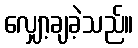
လျှော့ချခဲ့သည်။